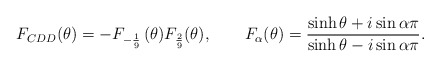
\begin{align*}F_{CDD}(\theta)=-F_{- \frac{1}{9}}\, ( \theta ) F_{\frac{2}{ 9}} (\theta ) ,\qquad F_{\alpha} ( \theta ) = {\sinh\theta+i\sin\alpha\pi\over \sinh\theta-i\sin\alpha\pi}.\end{align*}